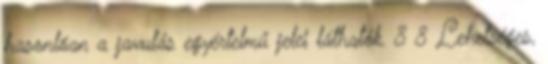
hasonlóan a javulás egyértelmű jelei láthatók. 8 8 Lehetséges,